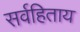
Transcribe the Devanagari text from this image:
सर्वहिताय